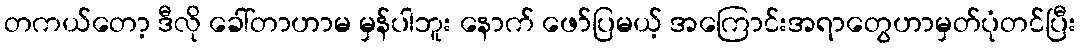
တကယ်တော့ ဒီလို ခေါ်တာဟာမ မှန်ပါဘူး နောက် ဖော်ပြမယ့် အကြောင်းအရာတွေဟာမှတ်ပုံတင်ပြီး